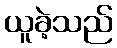
ယူခဲ့သည်